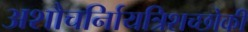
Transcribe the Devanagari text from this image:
अशौचर्निायत्रिशच्छोकी